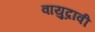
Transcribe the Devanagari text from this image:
वायुद्रावी